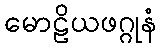
မောဠိယဖဂ္ဂုနံ